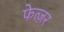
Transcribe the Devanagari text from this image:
फेत्ज़र